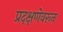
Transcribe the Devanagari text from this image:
प्रदक्षणेवरून